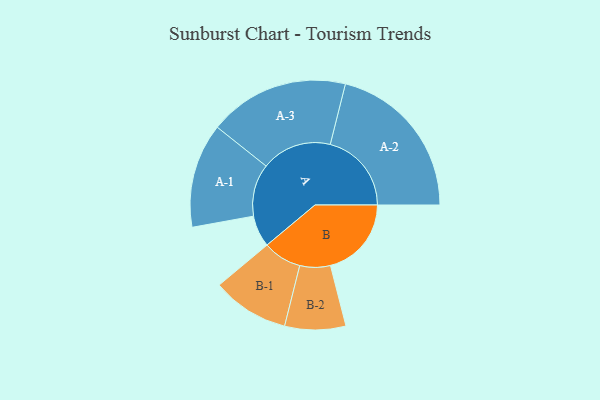
{"axis": {"x": "Segment", "y": "Value"}, "legend": ["", "A", "B"], "data": [{"x": "A", "y": 109, "type": ""}, {"x": "B", "y": 279, "type": ""}, {"x": "A-1", "y": 180, "type": "A"}, {"x": "A-2", "y": 280, "type": "A"}, {"x": "A-3", "y": 242, "type": "A"}, {"x": "B-1", "y": 133, "type": "B"}, {"x": "B-2", "y": 105, "type": "B"}]}